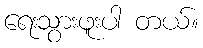
ရေးသွားဖူးပါ တယ်။